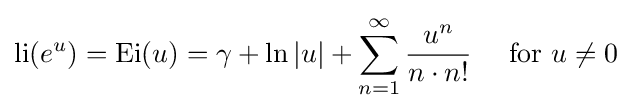
\operatorname {li} (e^{u})={\hbox{Ei}}(u)=\gamma +\ln |u|+\sum _{n=1}^{\infty }{u^{n} \over n\cdot n!}\quad {\text{ for }}u\neq 0